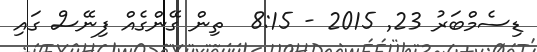
ޑިސެމްބަރު 23